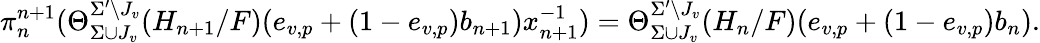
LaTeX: \pi_{n}^{n+1}(\Theta_{\Sigma\cup J_{v}}^{\Sigma^{\prime}\setminus J_{v}}(H_{n+1}/F)(e_{v,p}+(1-e_{v,p})b_{n+1})x_{n+1}^{-1})=\Theta_{\Sigma\cup J_{v}}^{\Sigma^{\prime}\setminus J_{v}}(H_{n}/F)(e_{v,p}+(1-e_{v,p})b_{n}).